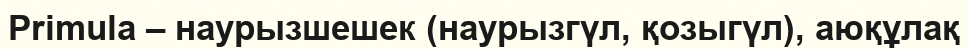
Primula – наурызшешек (наурызгүл, қозыгүл), аюқұлақ